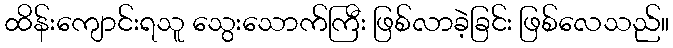
ထိန်းကျောင်းရသူ သွေးသောက်ကြီး ဖြစ်လာခဲ့ခြင်း ဖြစ်လေသည်။